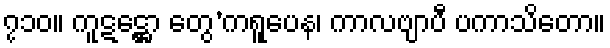
၇၁၀။ ကူဋဋ္ဌော တွေ’ကရူပေန၊ ကာလဗျာပီ ပကာသိတော။